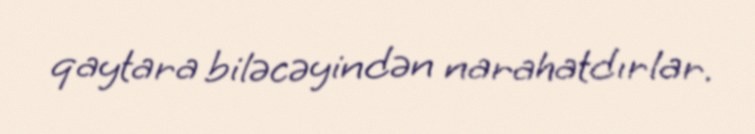
qaytara biləcəyindən narahatdırlar.